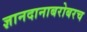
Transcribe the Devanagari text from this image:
ज्ञानदानाबरोबरच